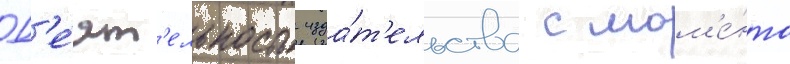
Д'е́ят'ельность изда́т'ельства с мом'е́нта